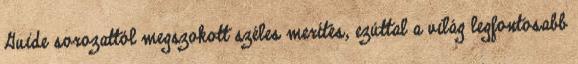
Guide sorozattól megszokott széles merítés, ezúttal a világ legfontosabb